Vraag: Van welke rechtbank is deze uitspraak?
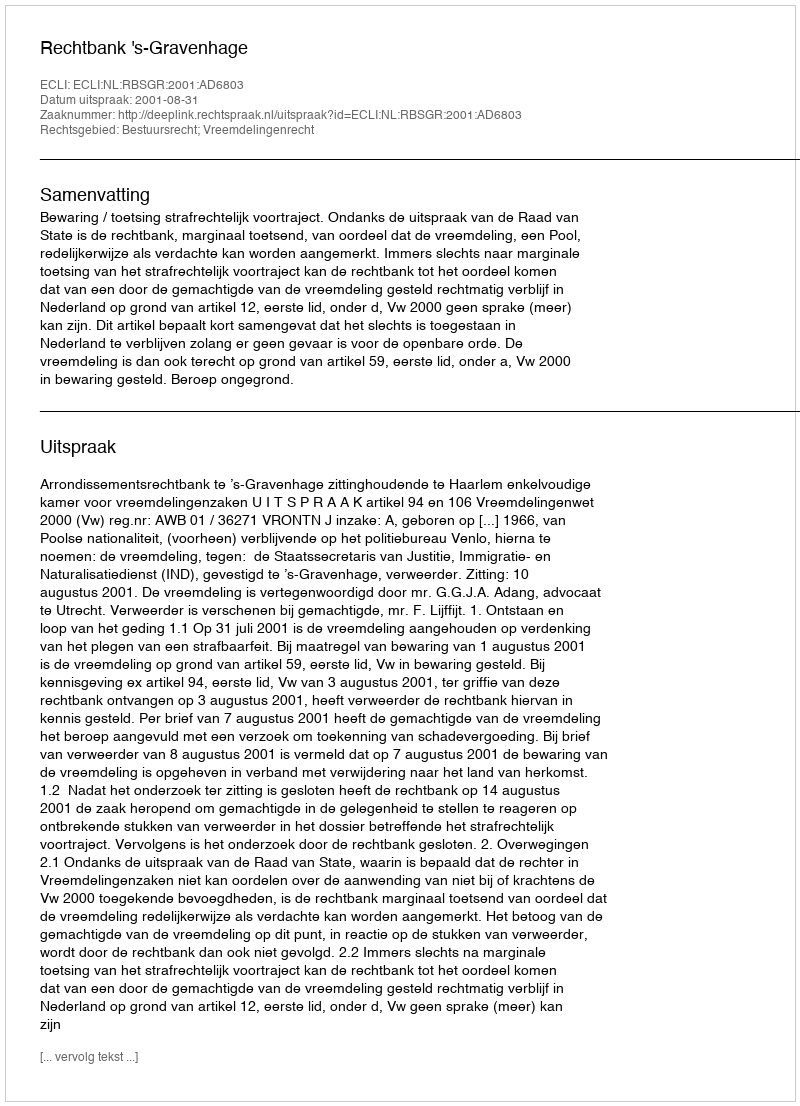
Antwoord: Rechtbank 's-Gravenhage